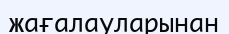
жағалауларынан